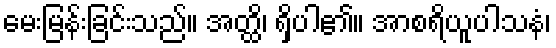
မေးမြန်းခြင်းသည်။ အတ္ထိ၊ ရှိပါ၏။ အာစရိယူပါသနံ၊